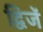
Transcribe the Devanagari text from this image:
द्विजें